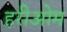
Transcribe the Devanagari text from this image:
हरीओम